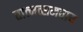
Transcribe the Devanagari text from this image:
तात्मत्समवाय